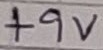
Text: +9V